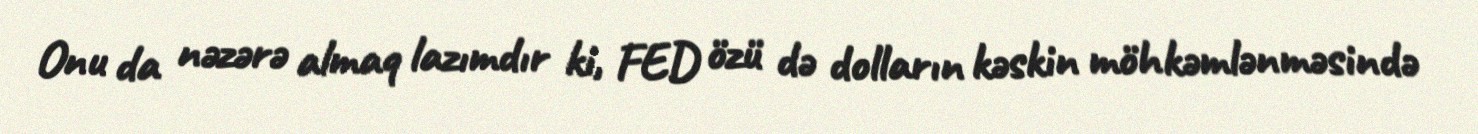
Onu da nəzərə almaq lazımdır ki, FED özü də dolların kəskin möhkəmlənməsində